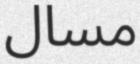
مسال